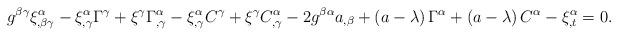
LaTeX: \begin{align*}g^{\beta \gamma }\xi _{,\beta \gamma }^{\alpha }-\xi _{,\gamma }^{\alpha}\Gamma ^{\gamma }+\xi ^{\gamma }\Gamma _{,\gamma }^{\alpha }-\xi _{,\gamma}^{\alpha }C^{\gamma }+\xi ^{\gamma }C_{,\gamma }^{\alpha }-2g^{\beta \alpha}a_{,\beta }+\left( a-\lambda \right) \Gamma ^{\alpha }+\left( a-\lambda\right) C^{\alpha }-\xi _{,t}^{\alpha }=0. \end{align*}